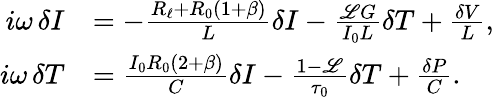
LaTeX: \begin{array}{rl}{\mathop{i\omega}\delta I}&{=-\frac{R_{\ell}+R_{0}(1+\beta)}{L}\delta I-\frac{\mathscr{L}G}{I_{0}L}\delta T+\frac{\delta V}{L},}\\ {\mathop{i\omega}\delta T}&{=\frac{I_{0}R_{0}(2+\beta)}{C}\delta I-\frac{1-\mathscr{L}}{\tau_{0}}\delta T+\frac{\delta P}{C}.}\end{array}